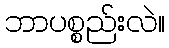
ဘာပစ္စည်းလဲ။